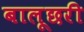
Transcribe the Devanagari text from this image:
बालूछरी